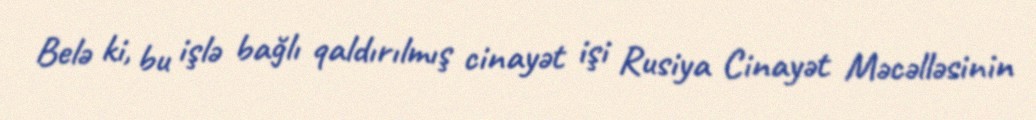
Belə ki, bu işlə bağlı qaldırılmış cinayət işi Rusiya Cinayət Məcəlləsinin